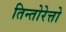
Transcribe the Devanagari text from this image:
तिन्तोरेत्तो